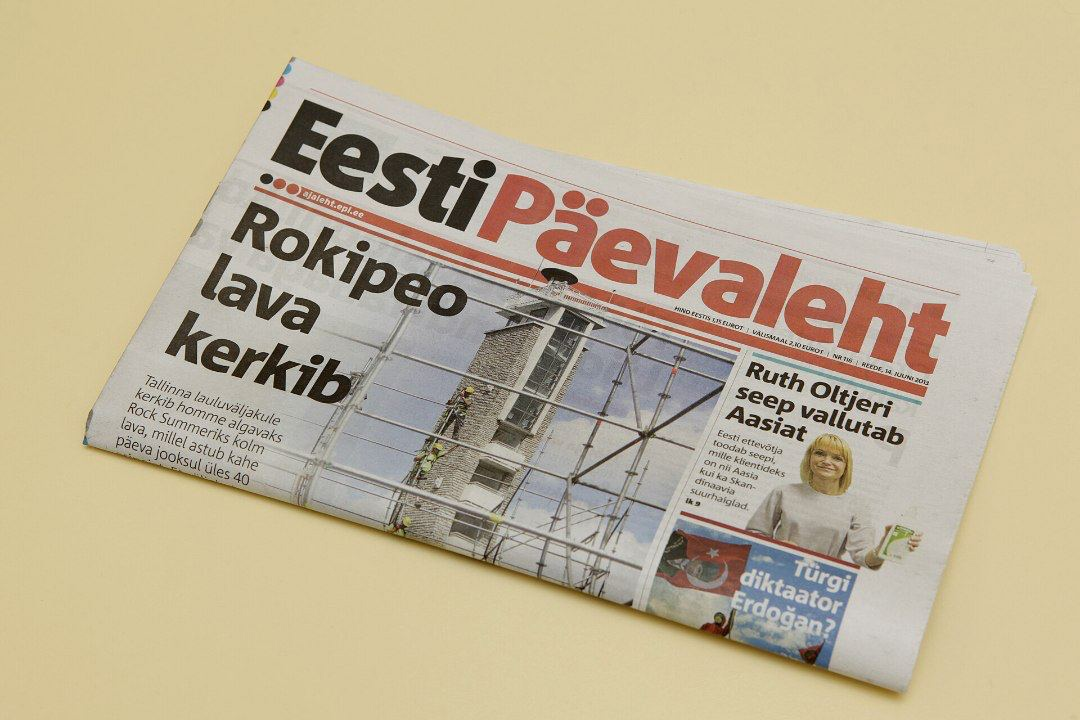
Language: et